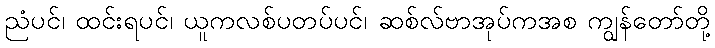
ညံပင်၊ ထင်းရပင်၊ ယူကလစ်ပတပ်ပင်၊ ဆစ်လ်ဗာအုပ်ကအစ ကျွန်တော်တို့